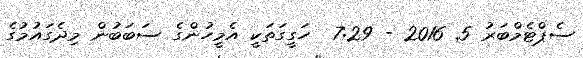
ސެޕްޓެމްބަރު 5